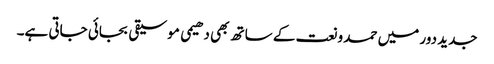
جدید دور میں حمد و نعت کے ساتھ بھی دھیمی موسیقی بجائی جاتی ہے۔